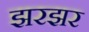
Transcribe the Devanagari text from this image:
झरझर